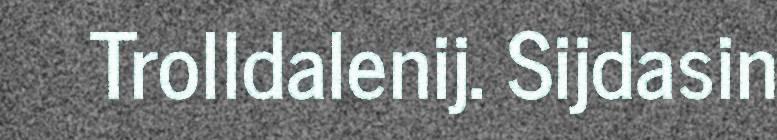
Trolldalenij. Sijdasin